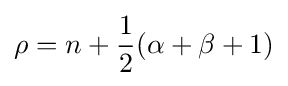
\rho =n+{\frac {1}{2}}(\alpha +\beta +1)